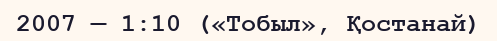
2007 — 1:10 («Тобыл», Қостанай)